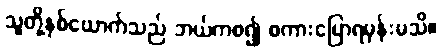
သူတို့နှစ်ယောက်သည် ဘယ်ကစ၍ စကားပြောရမှန်းမသိ။